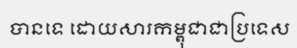
បានទេ ដោយសារកម្ពុជាជាប្រទេស